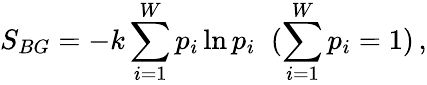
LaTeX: S_{BG}=-k\sum_{i=1}^{W}p_{i}\ln p_{i}\; \; (\sum_{i=1}^{W}p_{i}=1)\, ,